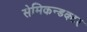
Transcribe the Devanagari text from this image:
सेमिकन्डक्टर